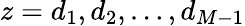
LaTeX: z=d_{1},d_{2},…,d_{M-1}